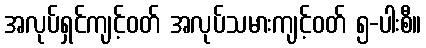
အလုပ်ရှင်ကျင့်ဝတ် အလုပ်သမားကျင့်ဝတ် ၅-ပါးစီ။